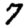
Digit: 7